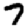
Digit: 7